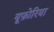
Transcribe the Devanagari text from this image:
यूफ़ोरिया